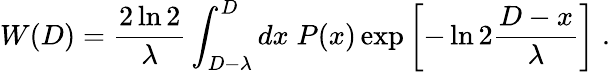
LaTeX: W(D)=\frac{2\ln 2}{\lambda}\int_{D-\lambda}^{D}dx\; P(x)\exp\left[-\ln 2\frac{D-x}{\lambda}\right]\; .